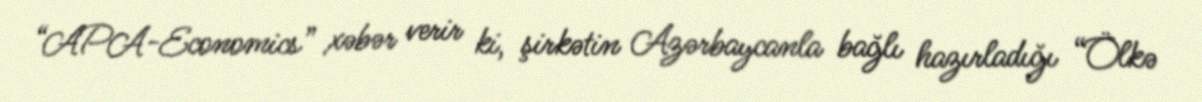
“APA-Economics” xəbər verir ki, şirkətin Azərbaycanla bağlı hazırladığı “Ölkə